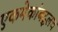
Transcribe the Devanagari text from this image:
एकमेकांबद्लच